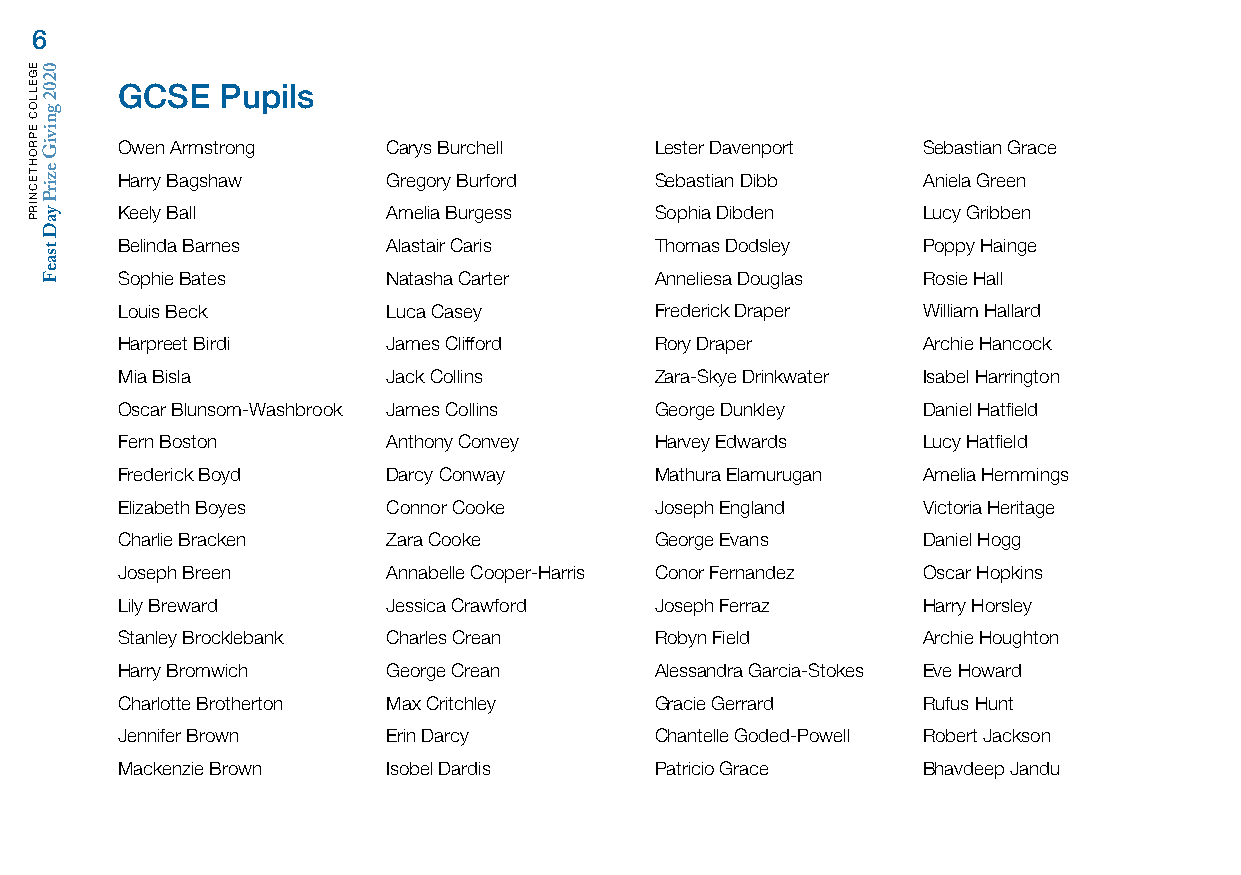
6
 GCSE   Pupils
 Owen Armstrong    Carys Burchell   Lester Davenport  Sebastian Grace
 Harry Bagshaw     Gregory Burford  Sebastian Dibb    Aniela Green
 Keely Ball        Amelia Burgess   Sophia Dibden     Lucy Gribben
 Belinda Barnes    Alastair Caris   Thomas Dodsley    Poppy Hainge
 Sophie Bates      Natasha Carter   Anneliesa Douglas Rosie Hall
 Louis Beck        Luca Casey       Frederick Draper  William Hallard
 Harpreet Birdi    James Clifford   Rory Draper       Archie Hancock
 Mia Bisla         Jack Collins     Zara-Skye Drinkwater Isabel Harrington
 Oscar Blunsom-Washbrook James Collins George Dunkley Daniel Hatfield
 Fern Boston       Anthony Convey   Harvey Edwards    Lucy Hatfield
 Frederick Boyd    Darcy Conway     Mathura Elamurugan Amelia Hemmings
 Elizabeth Boyes   Connor Cooke     Joseph England    Victoria Heritage
 Charlie Bracken   Zara Cooke       George Evans      Daniel Hogg
 Joseph Breen      Annabelle Cooper-Harris Conor Fernandez Oscar Hopkins
 Lily Breward      Jessica Crawford Joseph Ferraz     Harry Horsley
 Stanley Brocklebank Charles Crean  Robyn Field       Archie Houghton
 Harry Bromwich    George Crean     Alessandra Garcia-Stokes Eve Howard
 Charlotte Brotherton Max Critchley Gracie Gerrard    Rufus Hunt
 Jennifer Brown    Erin Darcy       Chantelle Goded-Powell Robert Jackson
 Mackenzie Brown   Isobel Dardis    Patricio Grace    Bhavdeep Jandu
 EGELLOC
 EPROHTECNIRP
 0202
 gniviG
 ezirP
 yaD
 tsaeF